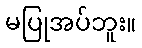
မပြုအပ်ဘူး။